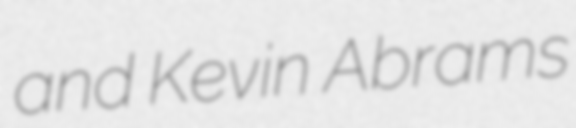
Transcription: and Kevin Abrams